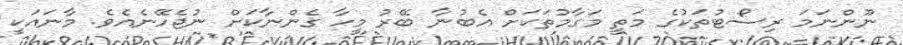
ނޫންނަމަ ރިސޯޓުތަކުގެ މަތީ މަގާމުތަކަށް އެބުނާ ބޭރު މީހާ ގެންނާކަށް ނުޖެހޭނެއެވެ. މާނައަކީ